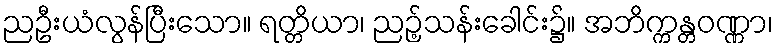
ညဦးယံလွန်ပြီးသော။ ရတ္တိယာ၊ ညဉ့်သန်းခေါင်း၌။ အဘိက္ကန္တဝဏ္ဏာ၊